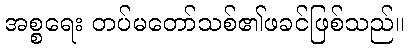
အစ္စရေး တပ်မတော်သစ်၏ဖခင်ဖြစ်သည်။